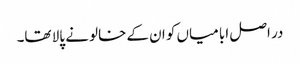
در اصل ابا میاں کو ان کے خالو نے پالا تھا۔